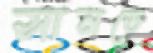
সানডে